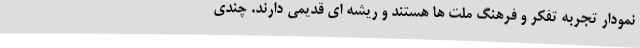
نمودار تجربه تفکر و فرهنگ ملت ها هستند و ریشه ای قدیمی دارند. چندی